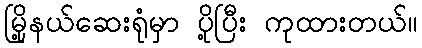
မြို့နယ်ဆေးရုံမှာ ပို့ပြီး ကုထားတယ်။